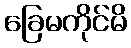
ခြေမကိုင်မိ